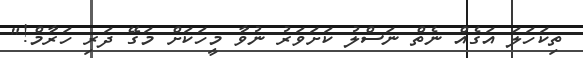
ތިކަހަލަ އަގެއް ނެތް ނަސްލު ކަށަވަރު ނުވާ މީހަކަށް މަގޭ ދަރި ހަރާމް!"